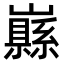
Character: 𡾥